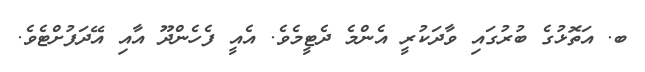
ބ. އަތޮޅުގެ ބުރުގައި ވާދަކުރީ އެންމެ ދެޓީމެވެ. އެއީ ފެހެންދޫ އާއި އޭދަފުށްޓެވެ.